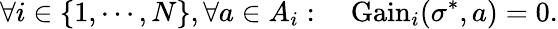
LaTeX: \forall i\in\{ 1,\cdots,N\} ,\forall a\in A_{i}:\quad{\mathrm{Gain}}_{i}(\sigma^{*},a)=0.